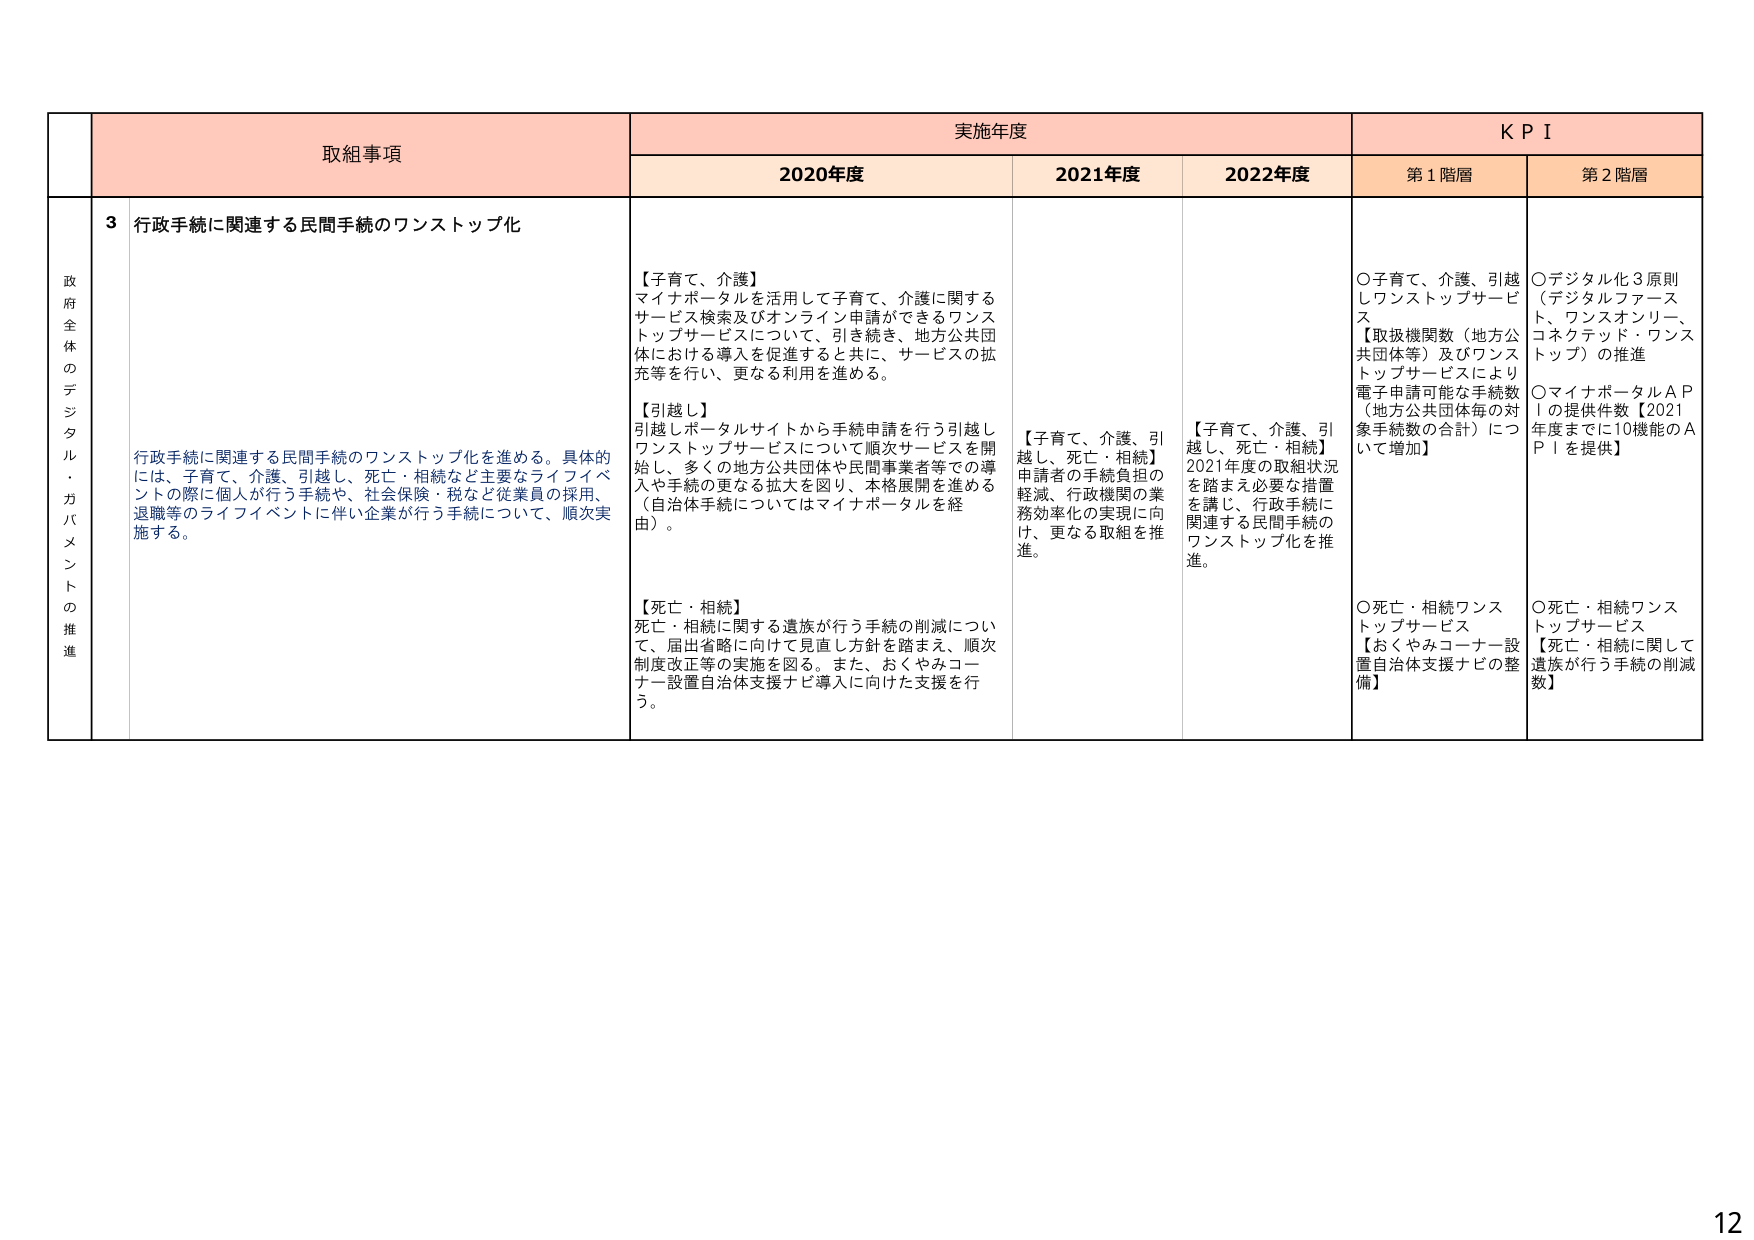
政府全体のデジタル・ガバメントの推進

取組事項

実施年度

KPI

2020年度

2021年度

2022年度

第1階層

第2階層

3 行政手続に関連する民間手続のワンストップ化

行政手続に関連する民間手続のワンストップ化を進める。具体的には、子育て、介護、引越し、死亡・相続など主要なライフイベントの際に個人が行う手続や、社会保険・税など従業員の採用、退職等のライフイベントに伴い企業が行う手続について、順次実施する。

【子育て、介護】
マイナポータルを活用して子育て、介護に関するサービス検索及びオンライン申請ができるワンストップサービスについて、引き続き、地方公共団体における導入を促進すると共に、サービスの拡充等を行い、更なる利用を進める。

【引越し】
引越しポータルサイトから手続申請を行う引越しワンストップサービスについて順次サービスを開始し、多くの地方公共団体や民間事業者等での導入や手続の更なる拡大を図り、本格展開を進める（自治体手続についてはマイナポータルを経由）。

【死亡・相続】
死亡・相続に関する遺族が行う手続の削減について、届出省略に向けて見直し方針を踏まえ、順次制度改正等の実施を図る。また、おくやみコーナー設置自治体支援ナビ導入に向けた支援を行う。

【子育て、介護、引越し、死亡・相続】
申請者の手続負担の軽減、行政機関の業務効率化の実現に向け、更なる取組を推進。

【子育て、介護、引越し、死亡・相続】
2021年度の取組状況を踏まえ必要な措置を講じ、行政手続に関連する民間手続のワンストップ化を推進。

○子育て、介護、引越しワンストップサービス
【取扱機関数（地方公共団体等）及びワンストップサービスにより電子申請可能な手続数（地方公共団体毎の対象手続数の合計）について増加】

○死亡・相続ワンストップサービス
【おくやみコーナー設置自治体支援ナビの整備】

○デジタル化3原則（デジタルファースト、ワンスオンリー、コネクテッド・ワンストップ）の推進
○マイナポータルAPIの提供件数【2021年度までに10機能のAPIを提供】
○死亡・相続ワンストップサービス
【死亡・相続に関して遺族が行う手続の削減数】

12